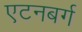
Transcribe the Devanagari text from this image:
एटनबर्ग